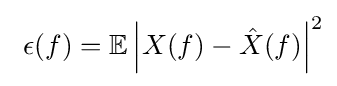
\ \epsilon (f)=\mathbb {E} \left|X(f)-{\hat {X}}(f)\right|^{2}